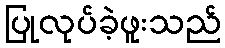
ပြုလုပ်ခဲ့ဖူးသည်